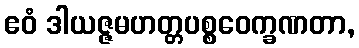
ဧဝံ ဒါယဇ္ဇမဟတ္တပစ္စဝေက္ခဏတာ,